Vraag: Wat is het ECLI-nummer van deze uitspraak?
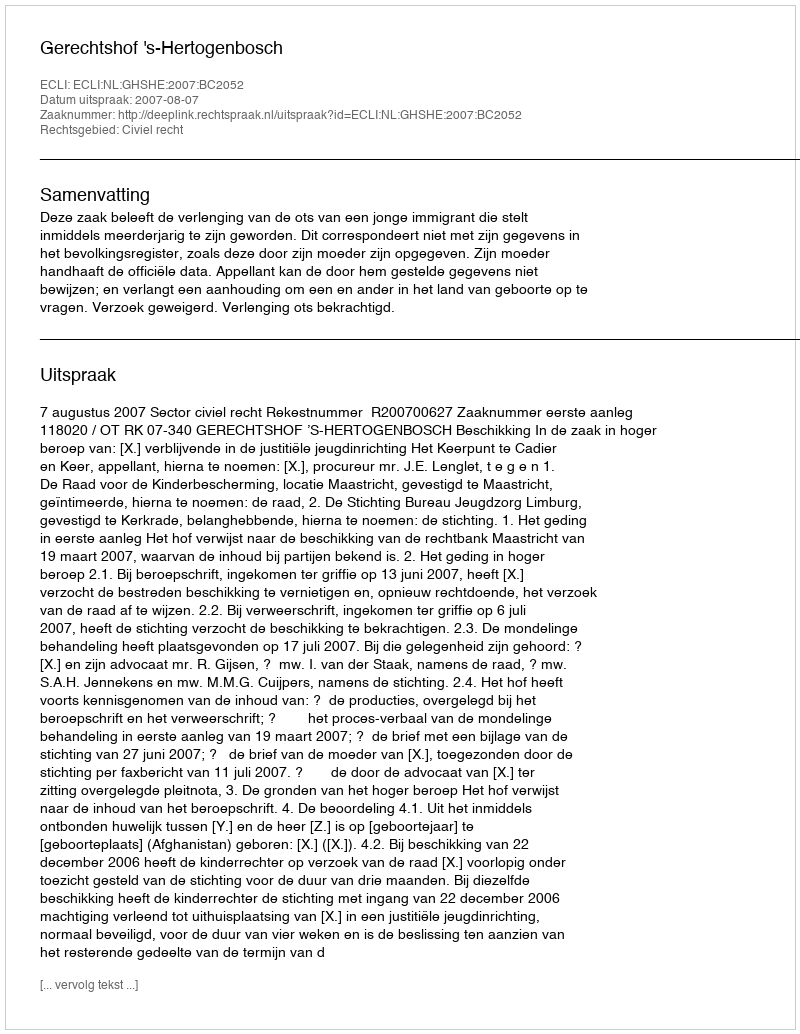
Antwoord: ECLI:NL:GHSHE:2007:BC2052